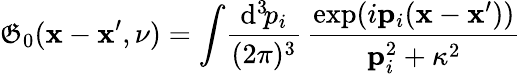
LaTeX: \mathfrak{G}_{0}({\mathbf{x}}-{\mathbf{x}}^{\prime},\nu)=\int\! \frac{{\mathrm{{d}}^{3}\! p_{i}}}{{(2\pi)^{3}}}\, \frac{{\exp(i{\mathbf{p}}_{i}({\mathbf{x}}-{\mathbf{x}}^{\prime}))}}{{{\mathbf{p}}_{i}^{2}+\kappa^{2}}}